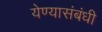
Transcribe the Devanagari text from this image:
येण्यासंबंधी